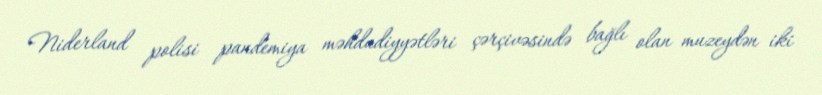
Niderland polisi pandemiya məhdudiyyətləri çərçivəsində bağlı olan muzeydən iki